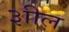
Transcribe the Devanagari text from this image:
३ाील